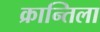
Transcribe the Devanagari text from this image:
क्रान्तिला